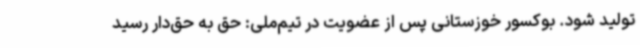
تولید شود. بوکسور خوزستانی پس از عضویت در تیم‌ملی: حق به حق‌دار رسید